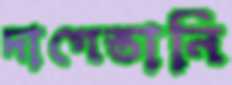
দাগেস্তানি